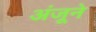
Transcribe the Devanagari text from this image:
अंजूने